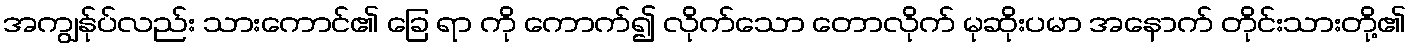
အကျွန်ုပ်လည်း သားကောင်၏ ခြေ ရာ ကို ကောက်၍ လိုက်သော တောလိုက် မုဆိုးပမာ အနောက် တိုင်းသားတို့၏